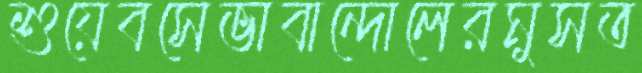
শুয়েবসেভাবান্দোলেরমুসত